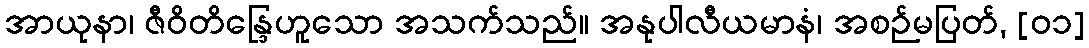
အာယုနာ၊ ဇီဝိတိန္ဒြေဟူသော အသက်သည်။ အနုပါလီယမာနံ၊ အစဉ်မပြတ်, [၀၁]